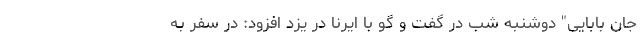
جان بابایی" دوشنبه شب در گفت و گو با ایرنا در یزد افزود: در سفر به